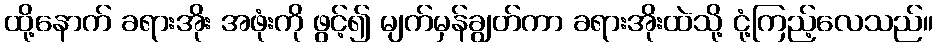
ထို့နောက် ခရားအိုး အဖုံးကို ဖွင့်၍ မျက်မှန်ချွတ်ကာ ခရားအိုးထဲသို့ ငုံ့ကြည့်လေသည်။